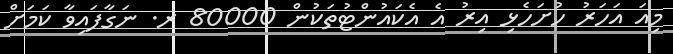
މިއަ އަހަރު ހުށަހެޅި އިރު އެ އެކައުންޓުތަކުން 80000 ރ. ނަގާފައިވާ ކަމަށް